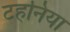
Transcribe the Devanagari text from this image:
टहनिया